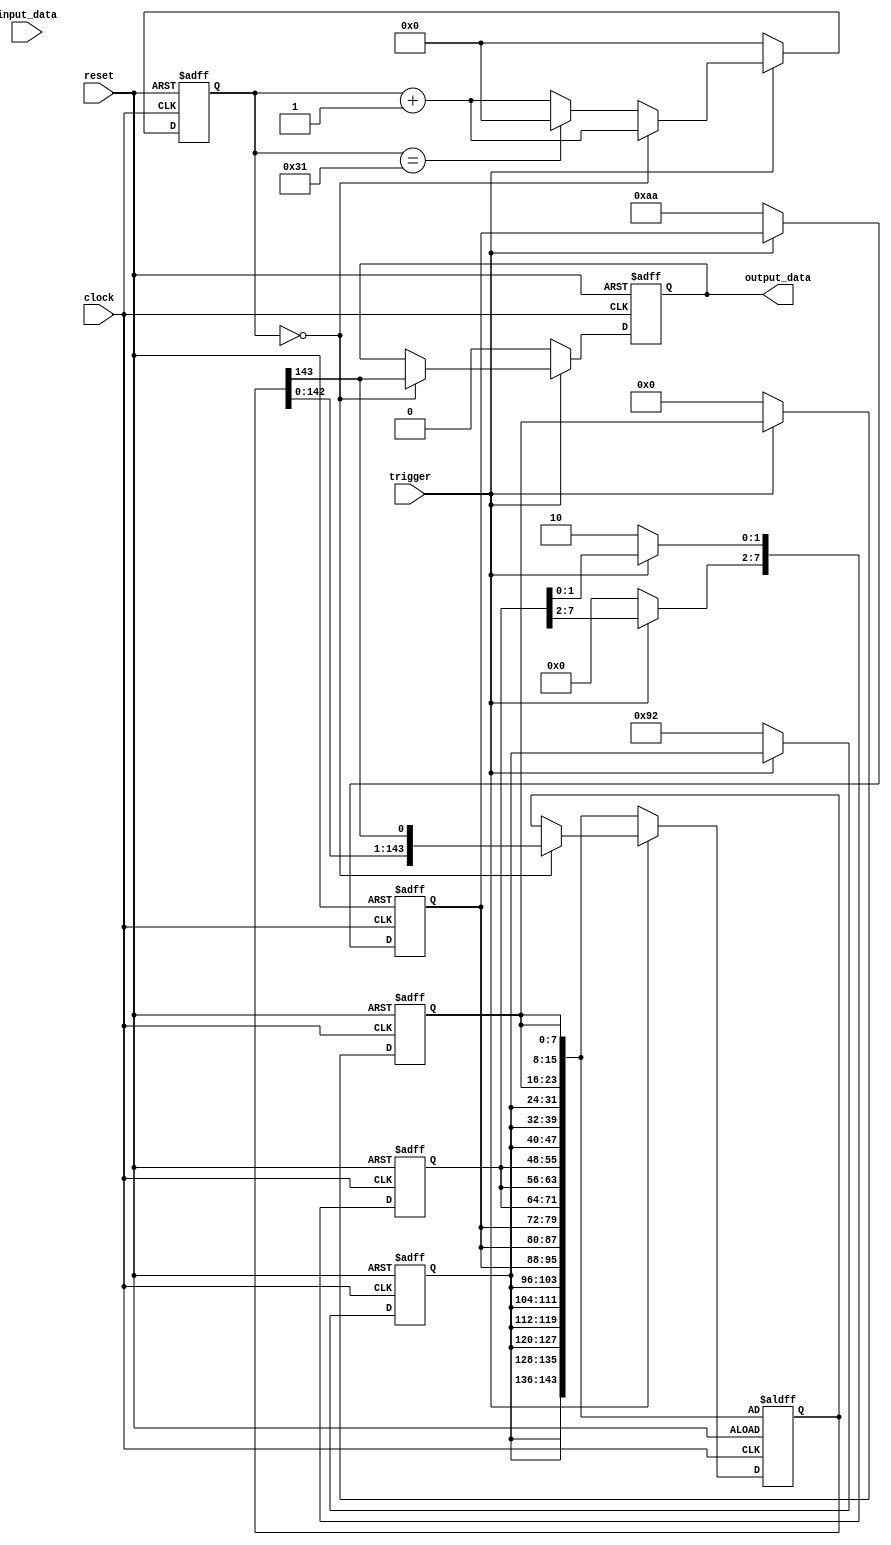
module data_source( clock, reset, trigger, input_data, output_data );
input clock, reset;
input trigger;
input[9:0] input_data;
output reg output_data;

reg[143:0] state;
reg[15:0] counter;
reg[7:0] data1;
reg[7:0] data2;
reg[7:0] data3;
reg[7:0] data4;

always @(posedge clock or negedge reset)
begin
    if (!reset)
    begin
        output_data <= 0;

        data1 <= #1 8'b10010010;
        //data2 <= input_data[7:0];
        //data3[1:0] <= input_data[9:8];

        data2 <= #1 8'b10101010;
        data3[1:0] <= #1 2'b10;

        data3[7:2] <= #1 6'b000000;
        data4 <= #1 8'b00000000; 
        state[143:0] <= {data1,data1,data1,data1,data1,data1, data2,data2,data2, data3,data3,data3, data1,data1,data1, data4,data4,data4};

        counter <= 0;
    end
    else if (trigger)
    begin
        if (counter==16'd0)
        begin
            counter <= counter+1;
            state <= {state[142:0],state[143]};
            output_data <= state[143];
        end
        else
        begin
            counter <= counter + 1;
            if (counter==16'd49)
                counter <= 0;
        end
    end
    else
    begin
        output_data <= 0;

        data1 <= #1 8'b10010010;
        //data2 <= input_data[7:0];
        //data3[1:0] <= input_data[9:8];

        data2 <= #1 8'b10101010;
        data3[1:0] <= #1 2'b10;

        data3[7:2] <= #1 6'b000000;
        data4 <= #1 8'b00000000; 
        state[143:0] <= {data1,data1,data1,data1,data1,data1, data2,data2,data2, data3,data3,data3, data1,data1,data1, data4,data4,data4};        
        
        counter <= 0;
    end
end

endmodule